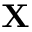
\mathbf { X }